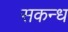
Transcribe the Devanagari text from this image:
सकन्ध